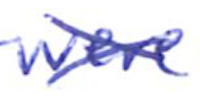
Text: were
Cross-out: cross
Writing tool: ballpoint